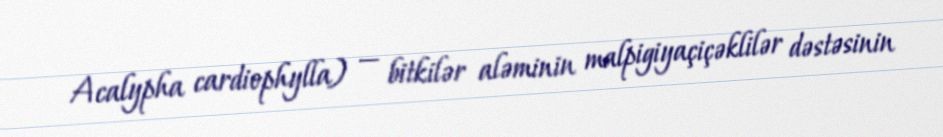
Acalypha cardiophylla) — bitkilər aləminin malpigiyaçiçəklilər dəstəsinin